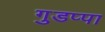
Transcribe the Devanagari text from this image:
गुडप्पा